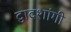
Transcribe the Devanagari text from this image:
द्वादशांगी